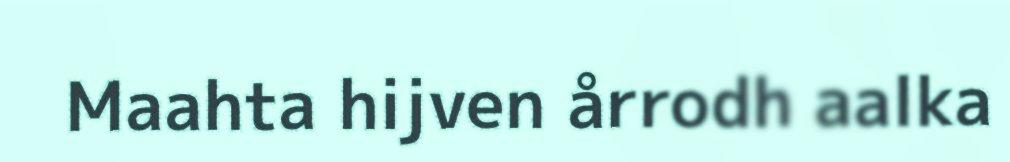
Maahta hijven årrodh aalka